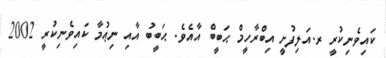
ކައިވެނިކުރީ ރ.އަލިފުށީ އިބްރާހީމް ޙަބީބް އާއެވެ. ޙަބީބު އާއި ނިޢުމާ ކައިވެނިކުރީ 2002